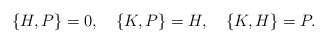
\begin{align*}\{ H , P \} = 0, \quad \{ K , P \} = H, \quad \{ K , H \} = P. \end{align*}